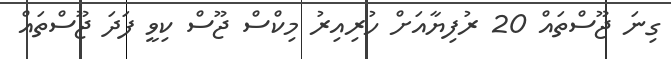
ގިނަ ޖޫސްތައް 20 ރުފިޔާއަށް ހުރިއިރު މިކްސް ޖޫސް ކިވީ ފަދަ ޖޫސްތައް